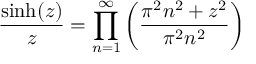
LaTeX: { \frac { \sinh ( z ) } { z } } = \prod _ { n = 1 } ^ { \infty } \left( { \frac { \pi ^ { 2 } n ^ { 2 } + z ^ { 2 } } { \pi ^ { 2 } n ^ { 2 } } } \right)